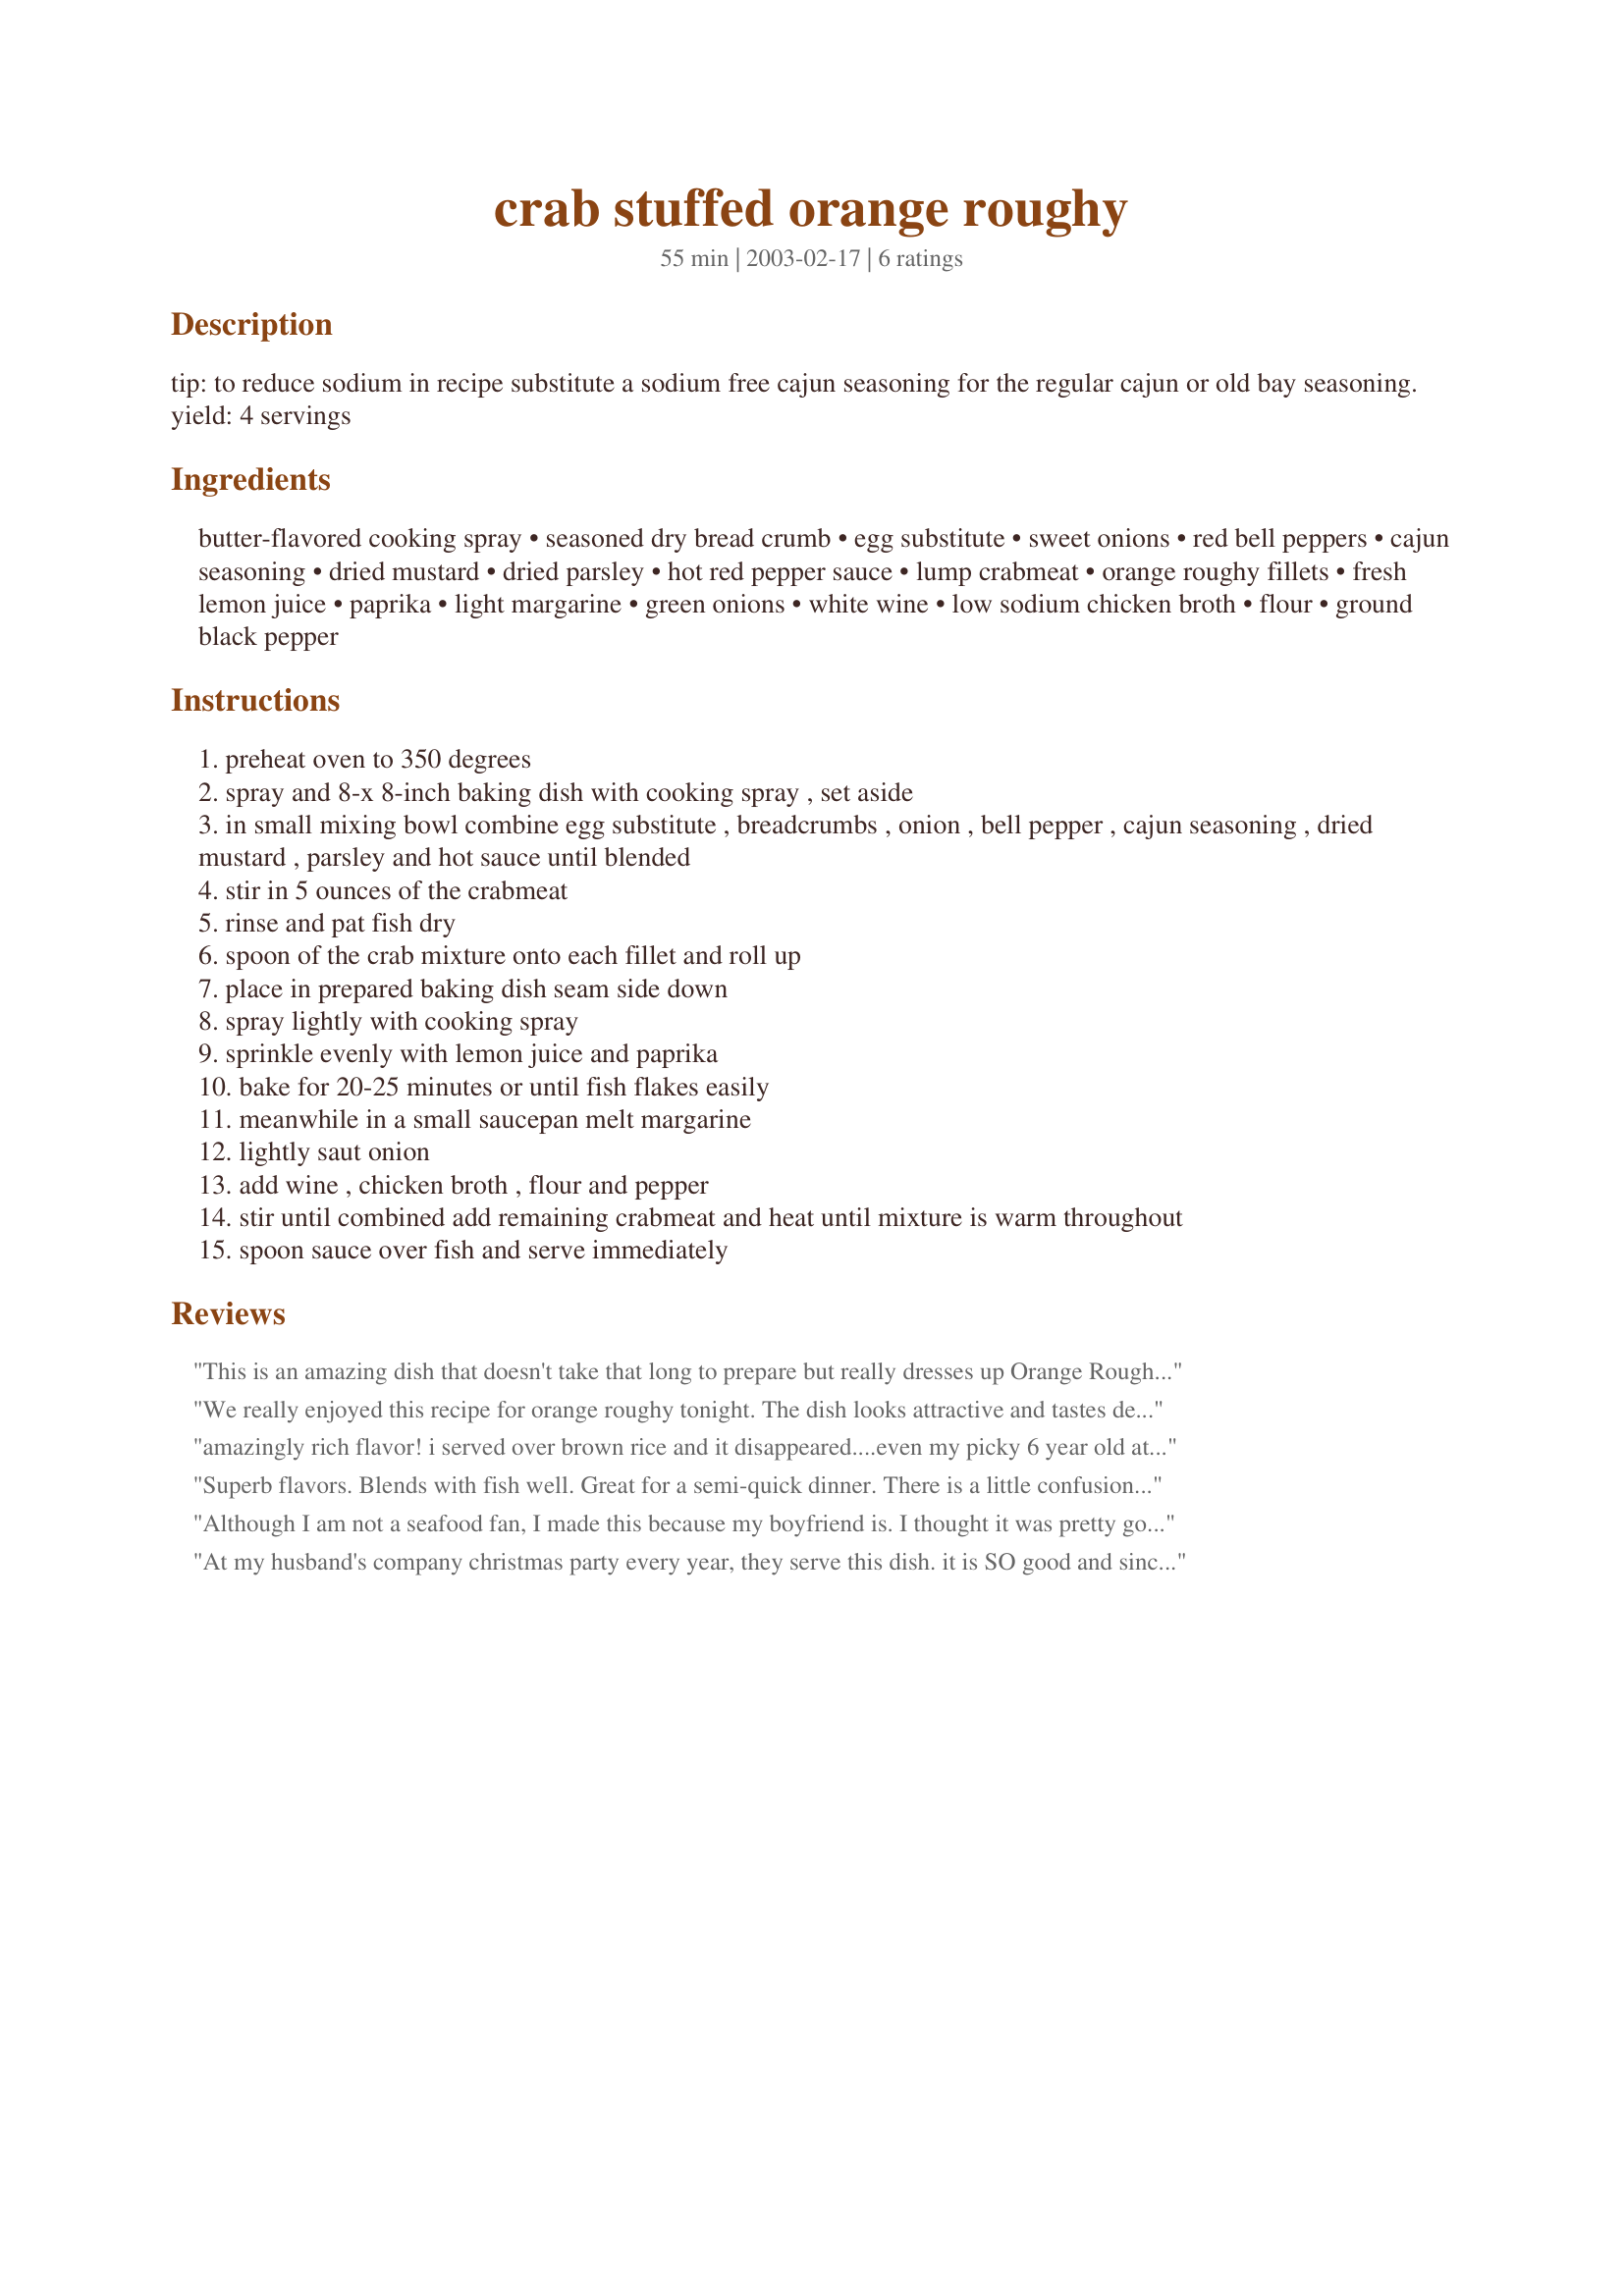
crab stuffed orange roughy
Preparation time: 55 minutes

tip: to reduce sodium in recipe substitute a sodium free cajun seasoning for the regular cajun or old bay seasoning. yield: 4 servings

Ingredients:
butter-flavored cooking spray, seasoned dry bread crumb, egg substitute, sweet onions, red bell peppers, cajun seasoning, dried mustard, dried parsley, hot red pepper sauce, lump crabmeat, orange roughy fillets, fresh lemon juice, paprika, light margarine, green onions, white wine, low sodium chicken broth, flour, ground black pepper

Steps:
preheat oven to 350 degrees
spray and 8-x 8-inch baking dish with cooking spray , set aside
in small mixing bowl combine egg substitute , breadcrumbs , onion , bell pepper , cajun seasoning , dried mustard , parsley and hot sauce until blended
stir in 5 ounces of the crabmeat
rinse and pat fish dry
spoon of the crab mixture onto each fillet and roll up
place in prepared baking dish seam side down
spray lightly with cooking spray
sprinkle evenly with lemon juice and paprika
bake for 20-25 minutes or until fish flakes easily
meanwhile in a small saucepan melt margarine
lightly saut onion
add wine , chicken broth , flour and pepper
stir until combined add remaining crabmeat and heat until mixture is warm throughout
spoon sauce over fish and serve immediately

Reviews:
This is an amazing dish that doesn't take that long to prepare but really dresses up Orange Roughy and was a great way to use some crab that I had gotten at Sam's. My son didn't like it. He is not a fan of green peppers no matter how finely chopped but DH and I loved it. I had some rather small fillets of Orange Roughy and added in a single fillet of talapia and this seemed to work out well.

I may cut back on the Old Bay just slightly to reduce the saltiness maybe to 1 1/2 tsp.
We really enjoyed this recipe for orange roughy tonight. The dish looks attractive and tastes delicious. We loved the spicy flavors. DH had to substitute chives for the green onion as that is what I had on hand. We also used real egg. We would definitely make this dish again. Thanks!
amazingly rich flavor! i served over brown rice and it disappeared....even my picky 6 year old ate it!
Superb flavors. Blends with fish well. Great for a semi-quick dinner. There is a little confusion with the recipe: there are 2 kinds of onions in the recipe. The author should say in step NO. 11, "Lightly saute the green onion".. I figured it out almost too late. Make this it's terrific.
Although I am not a seafood fan, I made this because my boyfriend is. I thought it was pretty good, but he absolutely loved it and gave it 5 stars! It was pretty easy to make also.
At my husband's company christmas party every year, they serve this dish. it is SO good and since this is the only recipe for it on recipezaar, i used this to try to make it. PERFECT! this was sooooo good i was mad that i only made enough for each of us to only have 1. Flavorful, moist, delicious! Thanks for sharing your recipe!
